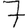
Digit: 7